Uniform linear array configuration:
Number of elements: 32
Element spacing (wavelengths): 0.25
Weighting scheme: exponential
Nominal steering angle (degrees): -15
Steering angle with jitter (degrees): -16.93
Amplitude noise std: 0.05
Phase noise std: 0.05

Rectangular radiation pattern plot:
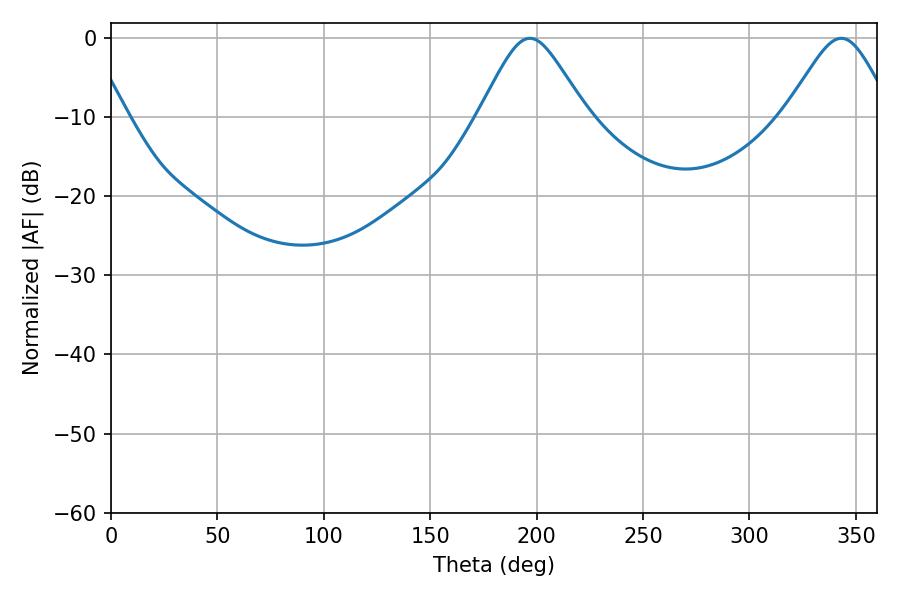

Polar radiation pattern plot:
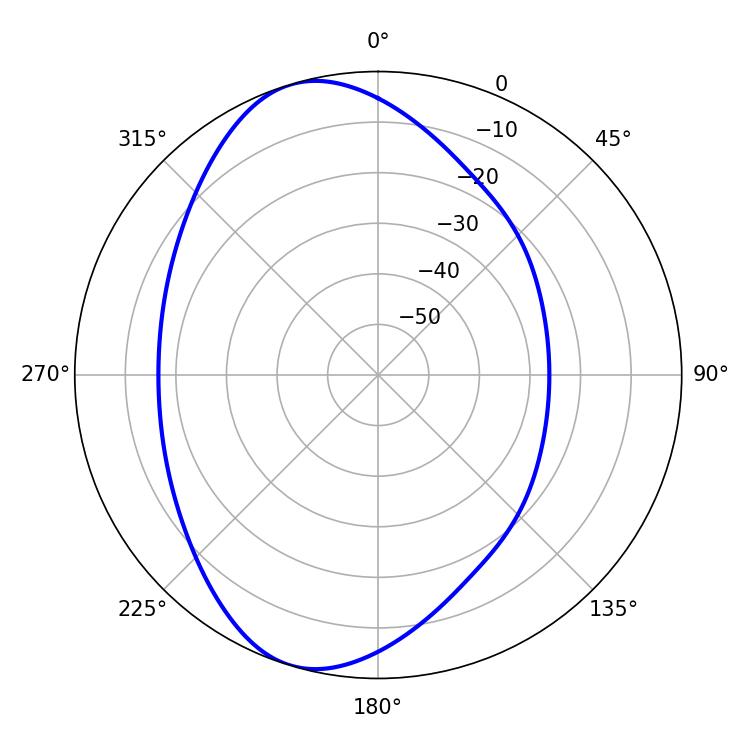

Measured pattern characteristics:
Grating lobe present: FALSE
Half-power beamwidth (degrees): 24.3
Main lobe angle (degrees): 196.92